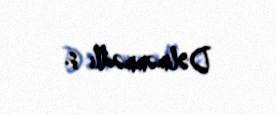
Dəliməmmədli ş.